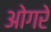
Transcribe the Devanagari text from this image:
ओगरे